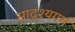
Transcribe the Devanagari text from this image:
सादृश्यगर्भ